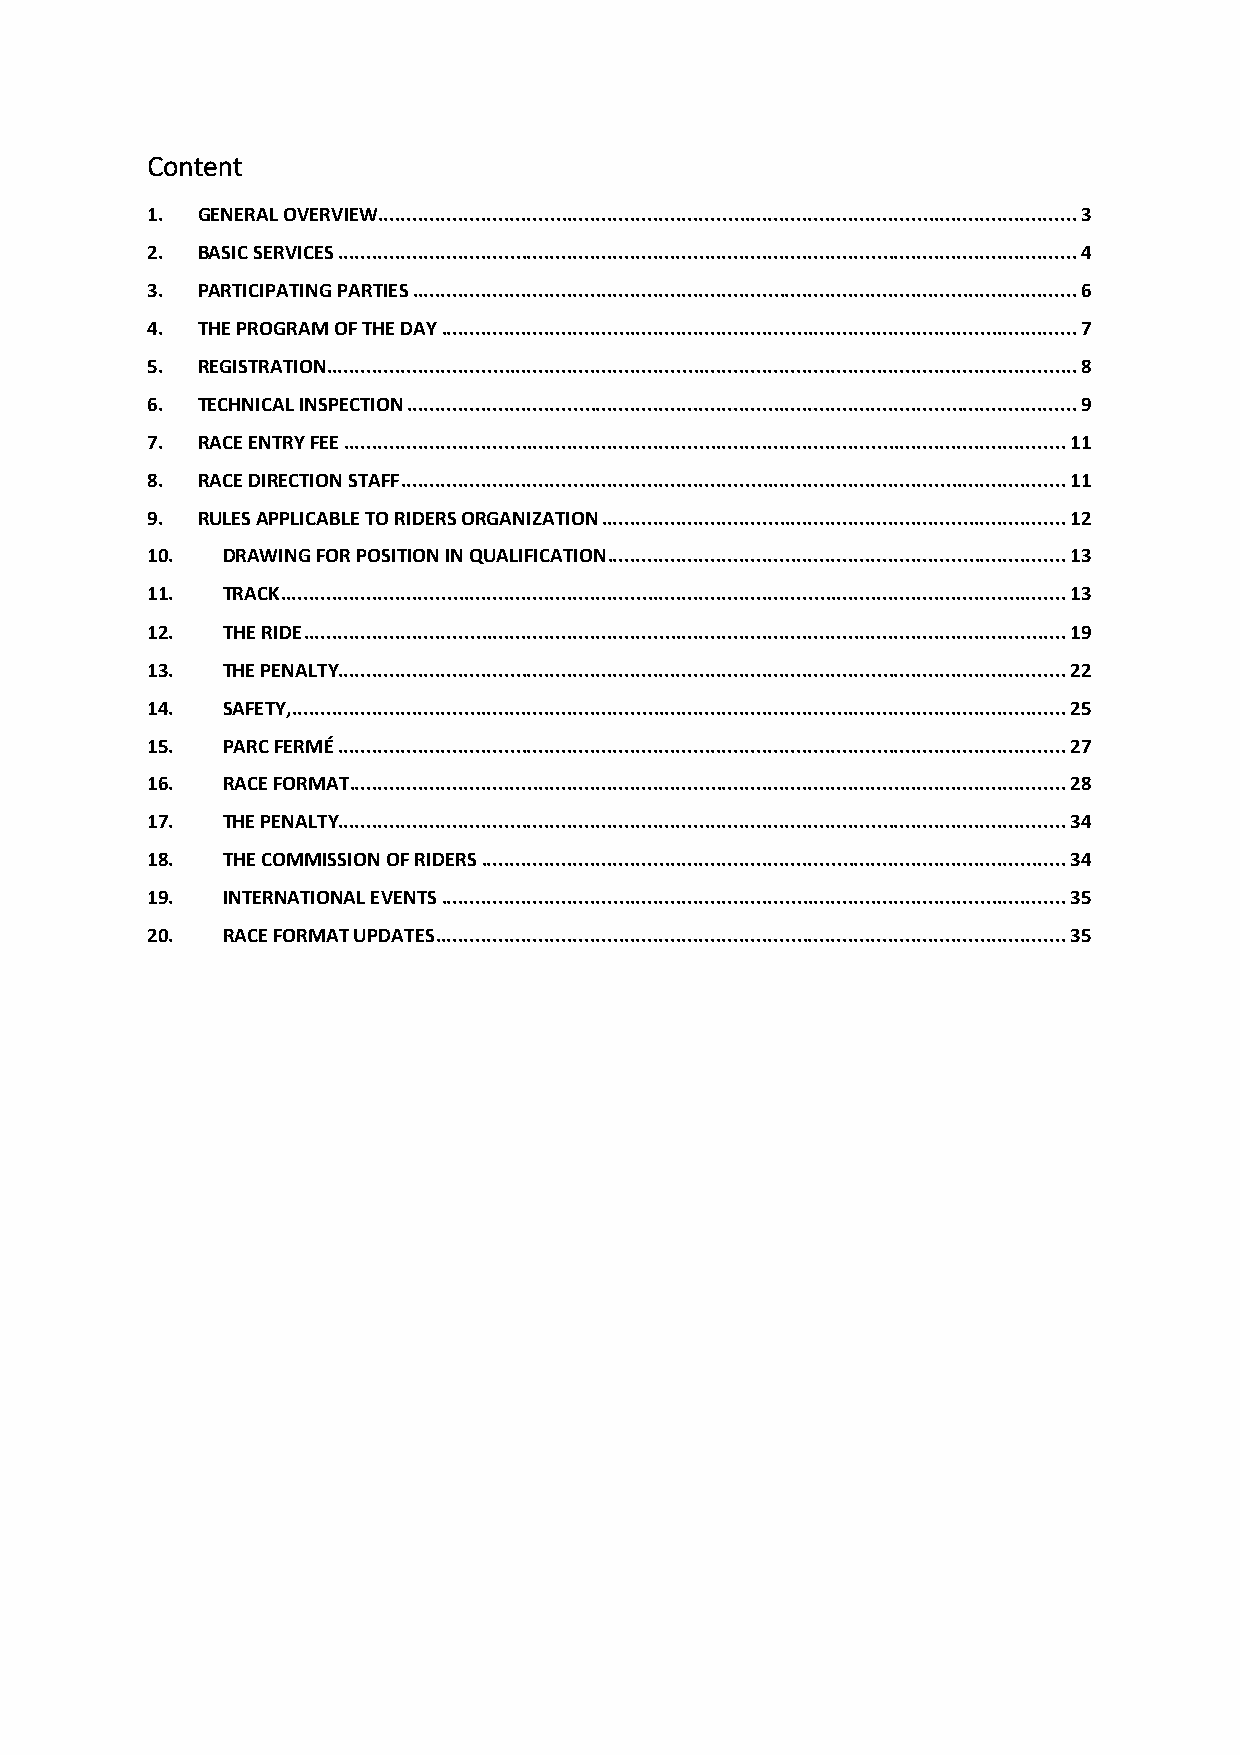
Content
 1. GENERAL OVERVIEW .......................................................................................................................... 3
 2. BASIC SERVICES ................................................................................................................................. 4
 3. PARTICIPATING PARTIES .................................................................................................................... 6
 4. THE PROGRAM OF THE DAY ............................................................................................................... 7
 5. REGISTRATION................................................................................................................................... 8
 6. TECHNICAL INSPECTION ..................................................................................................................... 9
 7. RACE ENTRY FEE .............................................................................................................................. 11
 8. RACE DIRECTION STAFF .................................................................................................................... 11
 9. RULES APPLICABLE TO RIDERS ORGANIZATION ................................................................................. 12
 10.  DRAWING FOR POSITION IN QUALIFICATION ................................................................................ 13
 11.  TRACK ......................................................................................................................................... 13
 12.  THE RIDE ..................................................................................................................................... 19
 13.  THE PENALTY............................................................................................................................... 22
 14.  SAFETY, ....................................................................................................................................... 25
 15.  PARC FERMÉ ............................................................................................................................... 27
 16.  RACE FORMAT ............................................................................................................................. 28
 17.  THE PENALTY............................................................................................................................... 34
 18.  THE COMMISSION OF RIDERS ...................................................................................................... 34
 19.  INTERNATIONAL EVENTS ............................................................................................................. 35
 20.  RACE FORMAT UPDATES .............................................................................................................. 35